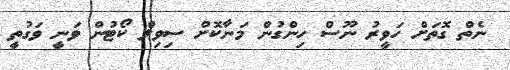
ނެތް ގޮތަށް ހަވީރު ނޫސް ހިންގުން މަނާކޮށް ސިވިލް ކޯޓުން ވަނީ ވަގުތީ